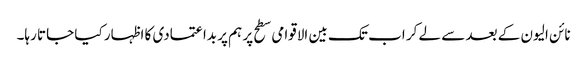
نائن الیون کے بعد سے لے کر اب تک بین الاقوامی سطح پر ہم پر بداعتمادی کا اظہار کیا جاتا رہا۔